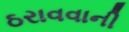
ઠરાવવાની